Newspaper: Randolph County journal. [volume]
Place of publication: Winchester, Randolph County, Ind.
Publisher: Beverly & Smith
Date: 1860-05-24 00:00:00
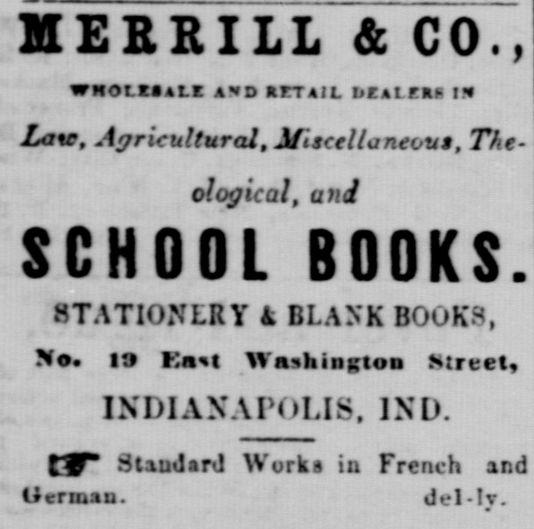
Advertisement text (OCR):
MERRILL & CO., WHOLESALE AD ATI AIL liEAtEa ! Late, Agricultural, 2JlsceUancou$, The ological, and SCHOOL BOOKS. STATIONERY k BLANK BOOKS, No. 19 Knt Washington Street INDIANAPOLIS, 1ND. t37" Standard German. Works in French and del-Iv.
Label: text-only